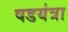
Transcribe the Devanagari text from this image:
षडयंत्रा